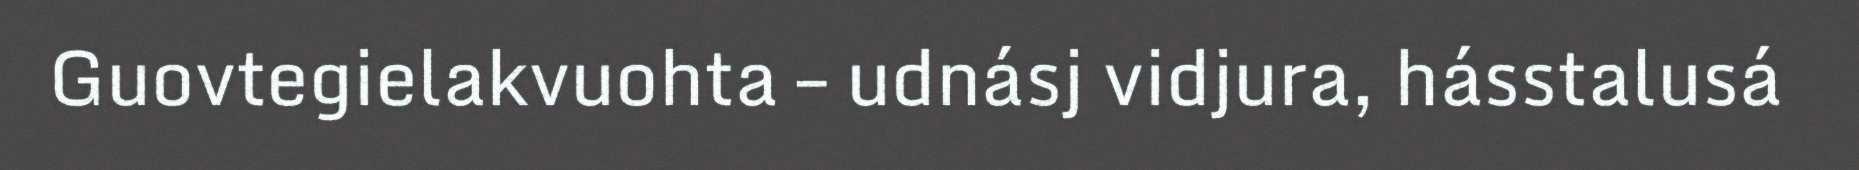
Guovtegielakvuohta – udnásj vidjura, hásstalusá